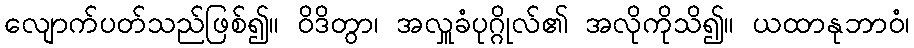
လျောက်ပတ်သည်ဖြစ်၍။ ဝိဒိတွာ၊ အလှူခံပုဂ္ဂိုလ်၏ အလိုကိုသိ၍။ ယထာနုဘာဝံ၊